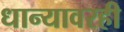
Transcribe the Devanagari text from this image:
धान्यावरही